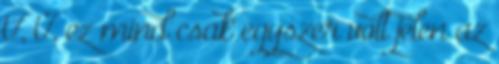
U, Ü, ez mind csak egyszer volt jelen az